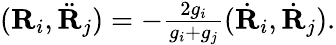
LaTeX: \begin{array}{r}{({\mathbf R}_{i},\ddot{\mathbf R}_{j})=-\frac{2g_{i}}{g_{i}+g_{j}}(\dot{\mathbf R}_{i},\dot{\mathbf R}_{j}).}\end{array}